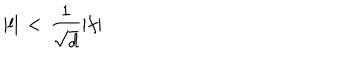
\vert l \vert \, < \, { \frac { 1 } { \sqrt { d } } } \vert f \vert